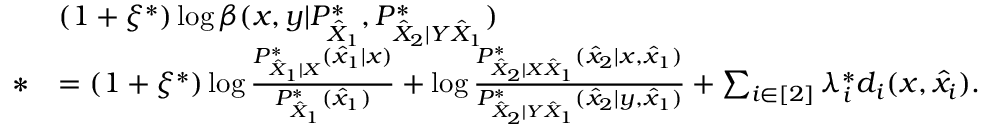
\begin{array} { r l } & { ( 1 + \xi ^ { * } ) \log \beta ( x , y | P _ { \hat { X } _ { 1 } } ^ { * } , P _ { \hat { X } _ { 2 } | Y \hat { X } _ { 1 } } ^ { * } ) } \\ { * } & { = ( 1 + \xi ^ { * } ) \log \frac { P _ { \hat { X } _ { 1 } | X } ^ { * } ( \hat { x } _ { 1 } | x ) } { P _ { \hat { X } _ { 1 } } ^ { * } ( \hat { x } _ { 1 } ) } + \log \frac { P _ { \hat { X } _ { 2 } | X \hat { X } _ { 1 } } ^ { * } ( \hat { x } _ { 2 } | x , \hat { x } _ { 1 } ) } { P _ { \hat { X } _ { 2 } | Y \hat { X } _ { 1 } } ^ { * } ( \hat { x } _ { 2 } | y , \hat { x } _ { 1 } ) } + \sum _ { i \in [ 2 ] } \lambda _ { i } ^ { * } d _ { i } ( x , \hat { x } _ { i } ) . } \end{array}